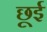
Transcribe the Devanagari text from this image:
छूई